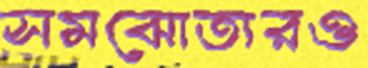
সমঝোতারও